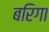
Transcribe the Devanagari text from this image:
बरिगा